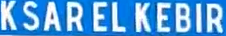
KSARELKEBIR